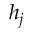
h _ { j }